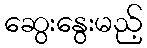
ဆွေးနွေးမည့်